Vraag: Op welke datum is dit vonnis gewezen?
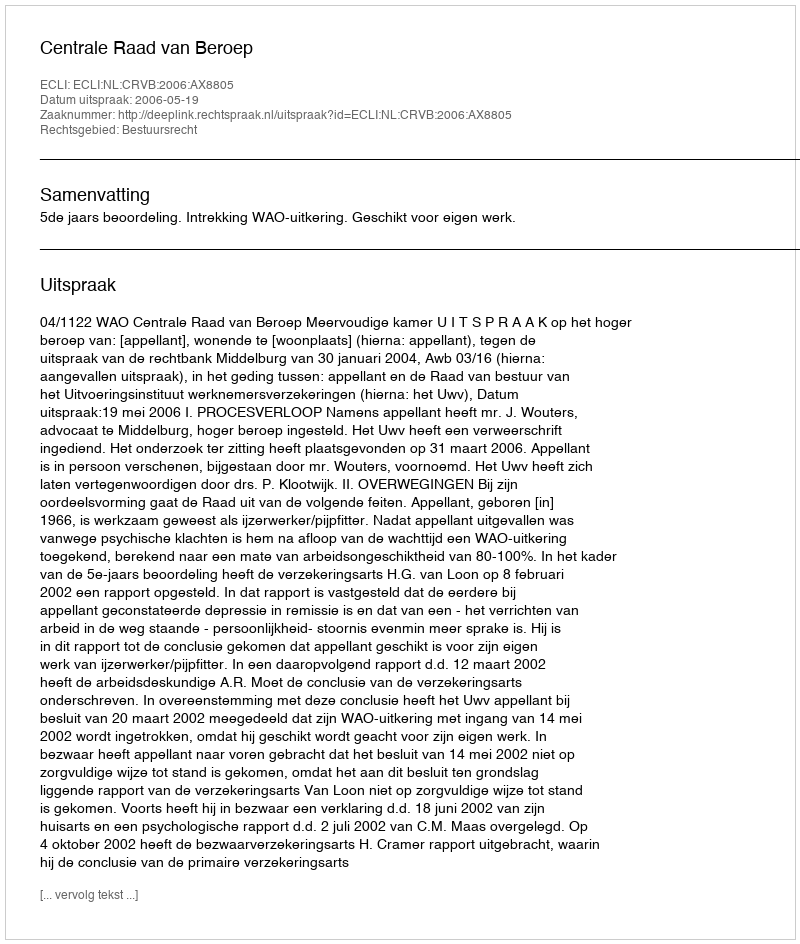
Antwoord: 2006-05-19